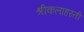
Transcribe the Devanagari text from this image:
श्रीकलाहस्ती